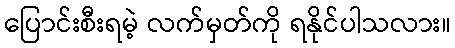
ပြောင်းစီးရမဲ့ လက်မှတ်ကို ရနိုင်ပါသလား။